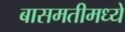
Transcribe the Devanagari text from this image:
बासमतीमध्ये